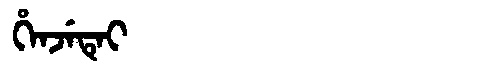
Manchu: ᡥᡝᠨᠵᡝᡨᡝᡳ
Romanization: HENJETEI